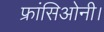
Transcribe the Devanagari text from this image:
फ्रांसिओनी।